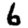
Digit: 6